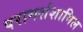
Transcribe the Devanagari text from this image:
परामर्शशामिल